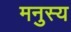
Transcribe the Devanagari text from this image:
मनुस्य